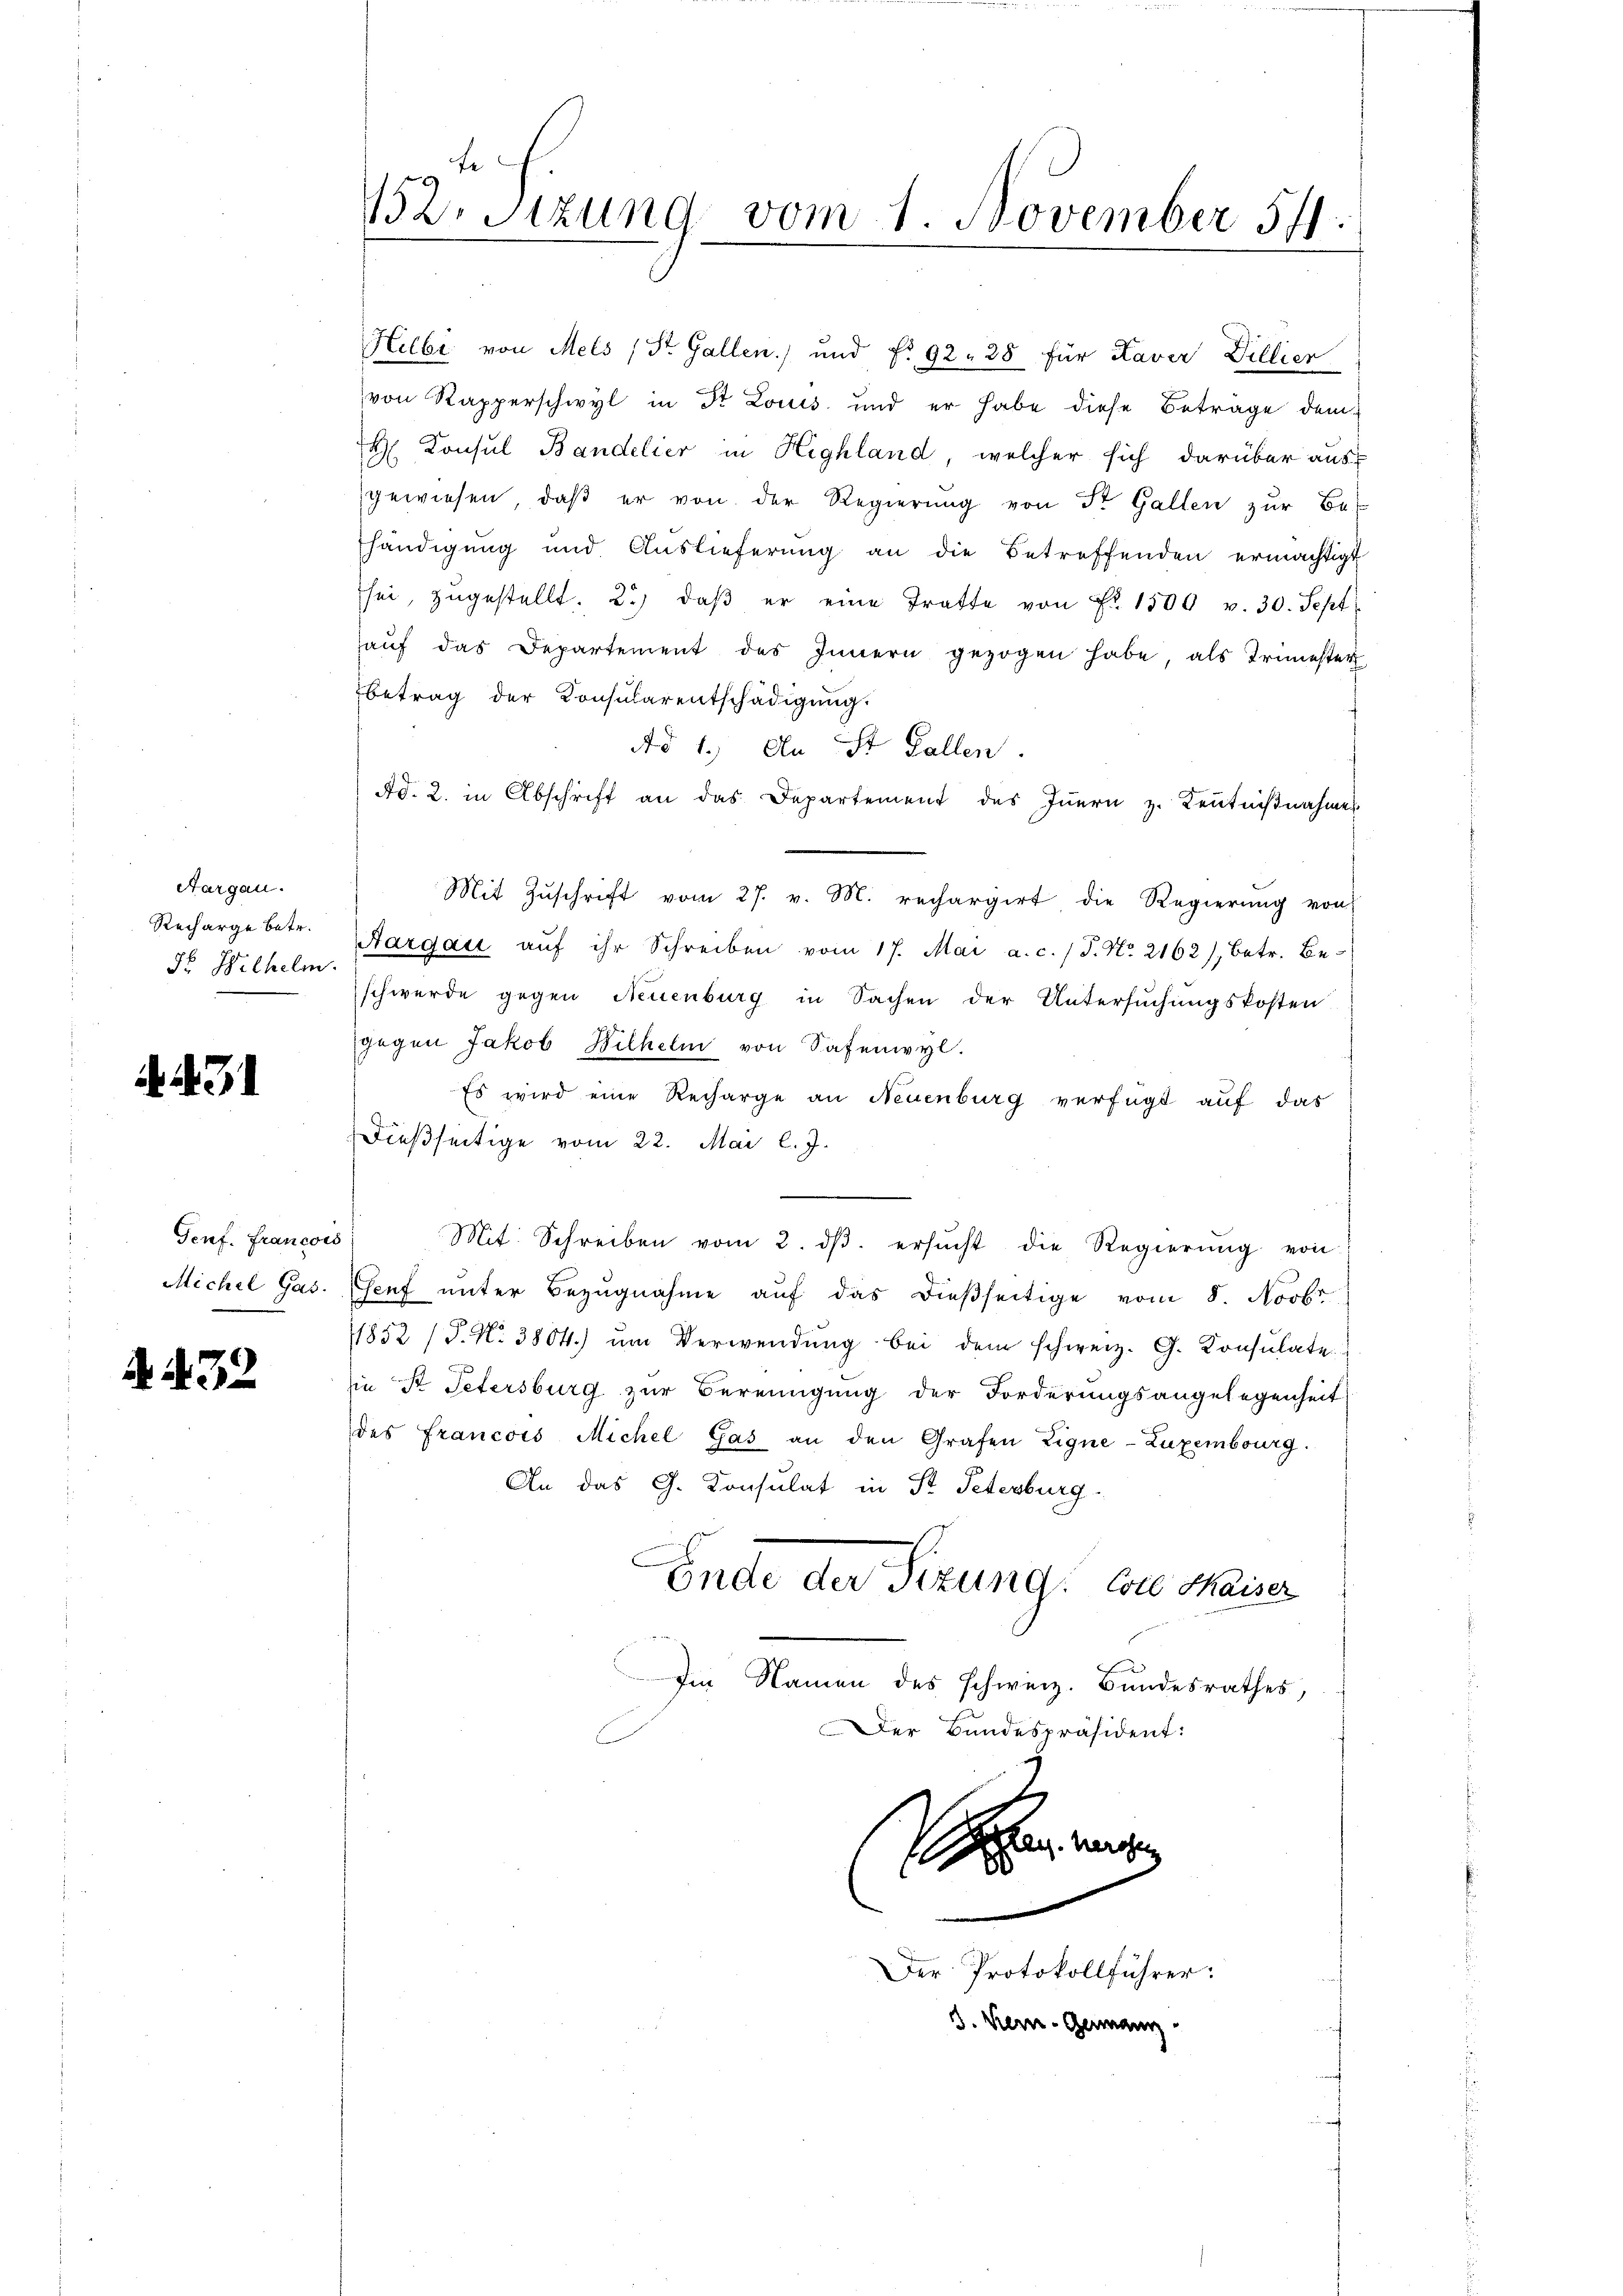
Aargau.
Recharge betr.
Fr. Wilhelm

A.471

Terf. Francois

N. N. 32

fe
152. Sitzung vom 1. November 591.

Hilbi von Mels (St. Gallen) und No. 92. 28 für Kaver Billier
von Rapperschwyl in Dr Louis und er habe diese Betrage dem
 Konsul Bandelier in Highland, welcher sich darüber aus
gewiesen, daβ er von der Regierŭng von St. Gallen zŭr Be-
händigung und Auslieferung an die Betreffenden ermächtigt
sei, zugestellt. 2. daβ er eine Tratte von Fr. 1500 v. 30. Sept
haŭf das Departement des Innern gezogen habe, als Trimester
betrag der Konsularentschädigung.
Ao 1.) An St. Gallen.
Ad. 2. in Abschrift an das Departement des Iṅern z. Kenntnißnahme
Mit Zŭschrift vom 27. v. M. rechargirt die Regierŭng von
Aargau aŭf ihr Schreiben vom 17. Mai a.c. / J. No. 2162), betr. Be-
schwerde gegen Neuenburg in Sachen der Untersuchungskosten
gegen Jakob Wilhelm von Safenwyl.
Es wird eine Recharge an Neuenburg verfügt auf das
Dießseitige vom 22. Mai l. J.
.
Mit Schreiben vom 2. dβ. ersŭcht die Regierŭng von
Michel Gas. Genf unter Bezŭgnahme aŭf das dießseitige vom 8. Novbr
/1852 /P. Nr. 3804.) um Verwendung bei dem schweiz. G. Konsulate
sie Pr Petersburg zur Bereinigung der Forderungsangelegenheit
des Francois Michel Gas an den Grafen Eigne-Luxembourg.
An das G. Konsulat in St. Petenburg
Ende der Sizung. Von Maiser
Im Namen des schweiz. Bundesrathes,
Der Bundespräsident:

en werden
Der Protokollführer:
3. Bern. Germann